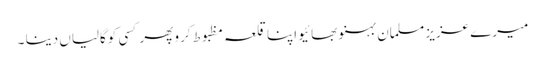
میرے عزیز مسلمان بہنو بھائیو اپنا قلعہ مظبوط کرو پھر کسی کوگالیاں دینا ۔